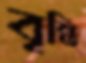
বৃন্তি